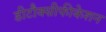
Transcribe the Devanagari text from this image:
डीटौक्सीफीकेशन